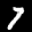
Label: 7